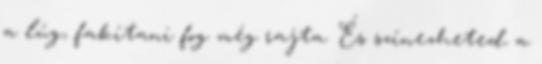
a lúg, fakítani fog még rajta. És színezheted a